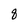
Character: 8